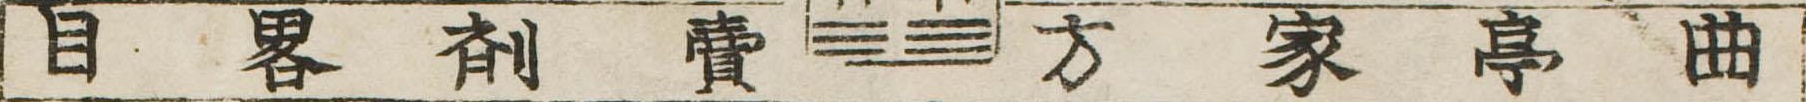
曲亭家方売剤略目